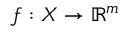
f : X \rightarrow \mathbb { R } ^ { m }